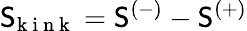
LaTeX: \mathsf{S}_{\! \mathrm{{~k~i~n~k~}}}=\mathsf{S}^{(-)}-\mathsf{S}^{(+)}